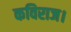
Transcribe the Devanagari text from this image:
कविराज।